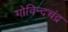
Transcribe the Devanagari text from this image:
गोविन्दचंद्र